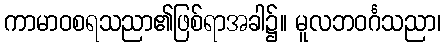
ကာမာဝစရသညာ၏ဖြစ်ရာအခါ၌။ မူလဘဝင်္ဂသညာ၊